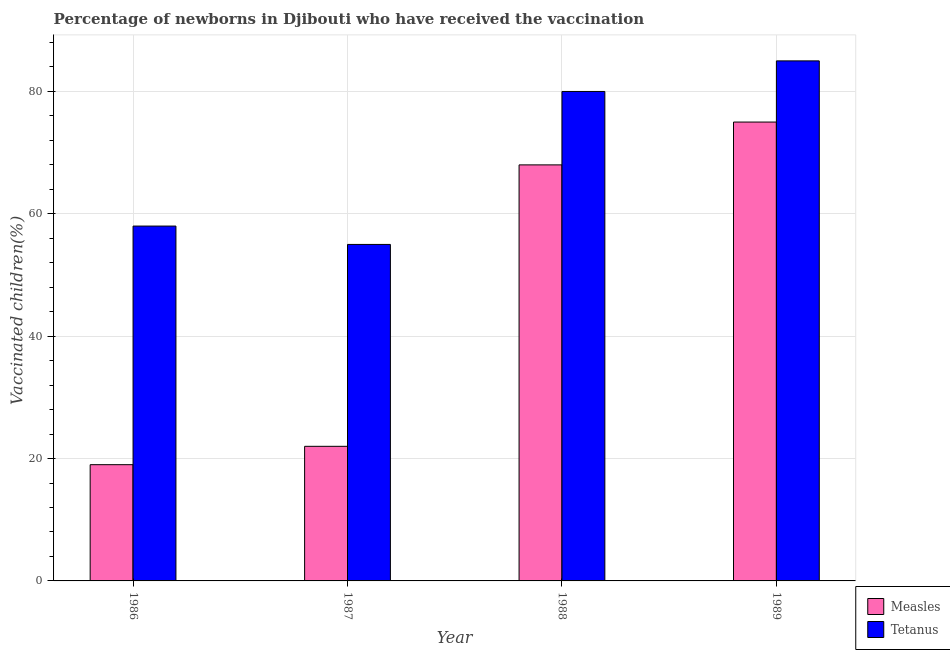
| Year | Measles | Tetanus |
 | --- | --- | --- |
 | 1986 | 19 | 58 |
 | 1987 | 22 | 55 |
 | 1988 | 68 | 80 |
 | 1989 | 75 | 85 |